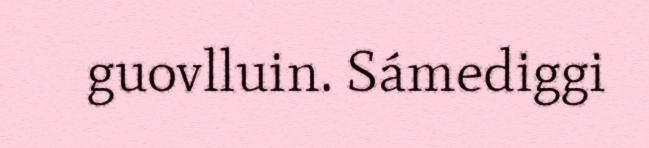
guovlluin. Sámediggi